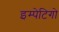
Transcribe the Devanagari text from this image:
इम्पेटिगो